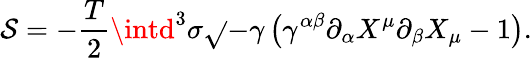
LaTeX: \mathcal{S}=-\frac{{T}}{{2}}\intd^{3}\sigma\sqrt{}{{-\gamma}}\left(\gamma^{\alpha\beta}\partial_{\alpha}X^{\mu}\partial_{\beta}X_{\mu}-1\right).